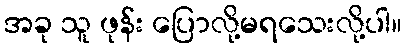
အခု သူ ဖုန်း ပြောလို့မရသေးလို့ပါ။